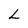
Character: L